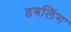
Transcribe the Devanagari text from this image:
डबलिंग